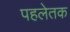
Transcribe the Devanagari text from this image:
पहलेतक